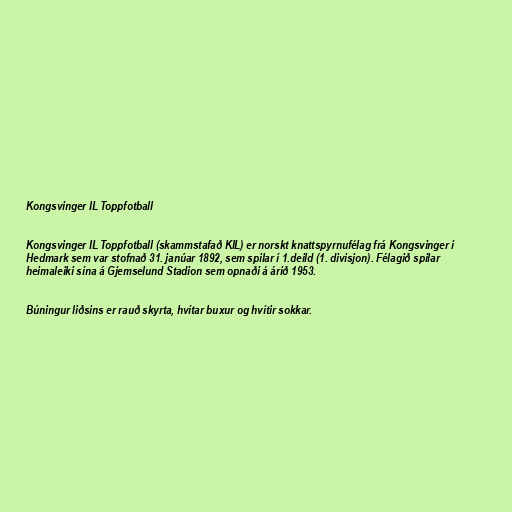
Kongsvinger IL Toppfotball

Kongsvinger IL Toppfotball (skammstafað KIL) er norskt knattspyrnufélag frá Kongsvinger í
Hedmark sem var stofnað 31. janúar 1892, sem spilar í 1.deild (1. divisjon). Félagið spilar
heimaleiki sína á Gjemselund Stadion sem opnaði á árið 1953.

Búningur liðsins er rauð skyrta, hvítar buxur og hvítir sokkar.